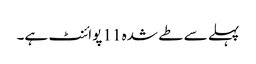
پہلے سے طے شدہ 11 پوائنٹ ہے۔